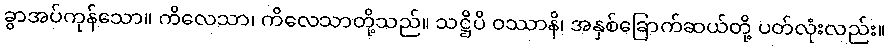
ခွာအပ်ကုန်သော။ ကိလေသာ၊ ကိလေသာတို့သည်။ သဋ္ဌိပိ ဝဿာနိ၊ အနှစ်ခြောက်ဆယ်တို့ ပတ်လုံးလည်း။